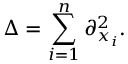
\Delta = \sum _ { i = 1 } ^ { n } \partial _ { x _ { i } } ^ { 2 } .